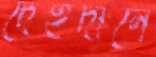
দেহদানে